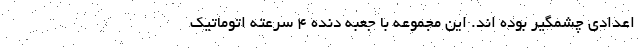
اعدادی چشمگیر بوده اند. این مجموعه با جعبه دنده 4 سرعته اتوماتیک